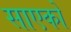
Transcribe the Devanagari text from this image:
साएको